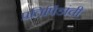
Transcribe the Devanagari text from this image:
प्रतिपिंडांची